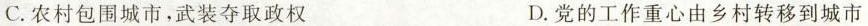
C.农村包围城市，武装夺取政权 D.党的工作重心由乡村转移到城市